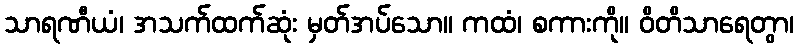
သာရဏီယံ၊ အသက်ထက်ဆုံး မှတ်အပ်သော။ ကထံ၊ စကားကို။ ဝိတိသာရေတွာ၊